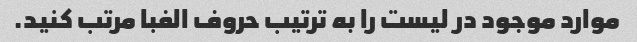
موارد موجود در لیست را به ترتیب حروف الفبا مرتب کنید.